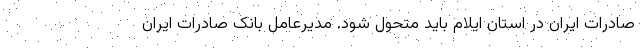
صادرات ایران در استان ایلام باید متحول شود. مدیرعامل بانک صادرات ایران